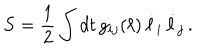
S = { \frac { 1 } { 2 } } \int d t \, g _ { i j } ( \ell ) \, \dot { \ell } _ { i } \, \dot { \ell } _ { j } \, .